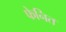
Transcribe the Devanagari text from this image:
फेनित